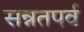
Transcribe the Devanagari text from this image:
सन्नतपर्व